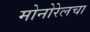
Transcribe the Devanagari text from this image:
मोनोरेलचा